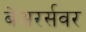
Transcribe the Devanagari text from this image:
बेअरर्सवर